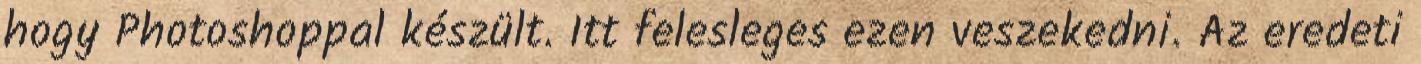
hogy Photoshoppal készült. Itt felesleges ezen veszekedni. Az eredeti